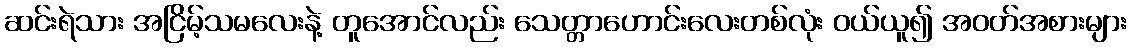
ဆင်းရဲသား အငြိမ့်သမလေးနဲ့ တူအောင်လည်း သေတ္တာဟောင်းလေးတစ်လုံး ဝယ်ယူ၍ အဝတ်အစားများ